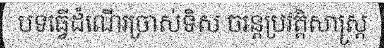
បទធ្វើដំណើរច្រាស់ទិស ចរន្តប្រវត្តិសាស្ត្រ